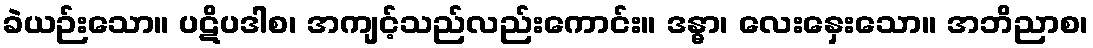
ခဲယဉ်းသော။ ပဋိပဒါစ၊ အကျင့်သည်လည်းကောင်း။ ဒန္ဓာ၊ လေးနှေးသော။ အဘိညာစ၊